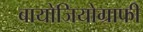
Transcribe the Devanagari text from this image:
बायोजियोग्राफी